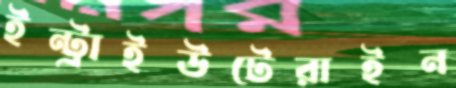
ইন্ট্রাইউটেরাইন